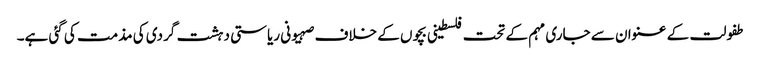
طفولت کے عنوان سے جاری مہم کے تحت فلسطینی بچوں کے خلاف صہیونی ریاستی دہشت گردی کی مذمت کی گئی ہے۔